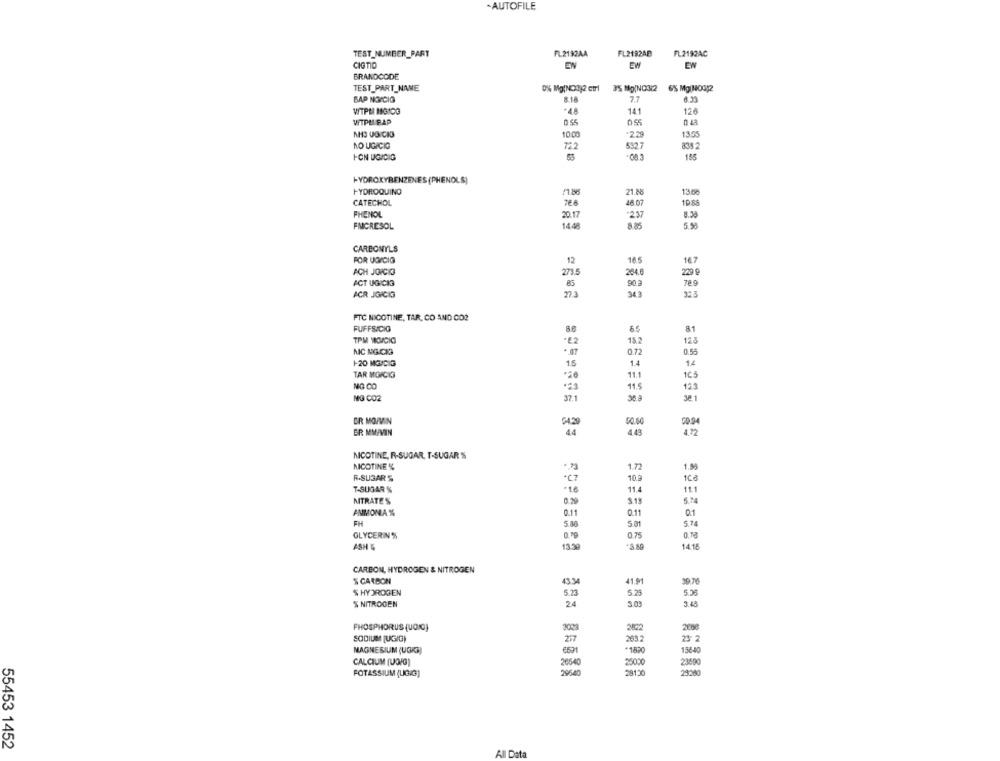
-AUTOFILE
TEST_NUMBER_PART
FL2130AA
FL2192AB
FL2192AC
ciano
EN
EW
EW
BRANDCODE
TEST_PART_NAME
0% Mg(NC3312 ctrl
BAP NO/CIG
7.7
WIPE MGIDG
+48
141
126
WTPLI BAP
AHS VOICI3
1000
229
1355
NO UGICIC
722
532
838 2
I-ON UGICIG
155
HYDROXYBENZENES (PHENOLS)
HYDROQUINO
21.88
13.60
CATECHOL
766
18 07
PHENOL
20.17
237
8.30
FMCRESOL
5.58
CARBONYLS
16.5
FOR UGICIG
12
16.7
ACH JOICIO
271.5
284.8
2 º
ACT UGICIG
90.
789
ACR JGICIG
27 3
34 3
32.5
FTC NICOTINE, TAR, CO AND CO2
FUFFSICIO
81
TPM VINICIO
.2 2
18.2
125
NIC MGC13
07
0.55
1-20 MGIDIG
1.5
14
1.2
TAR MGICIG
11.1
163
NO CO
.23
11.5
123
37.1
36.ª
MG CO2
32 1
DR MOIVIN
G4.20
50.60
00.94
ER MM/VIN
44
443
472
NICOTINE, R-SUGAR, T-SUGAR %
NICOTINE %
1.72
R.SUSARS
*C7
10.9
T-SUGAR %
11.4
11.1
NITRATES
3.13
5.74
0.11
0.11
01
ANMONIA %
FH
5 M
5.74
O.M
GLYCERIN%
075
ASH
13.39
14.16
CARBON, HYDROGEN & NITROGEN
43.34
$ CARBON
41.91
3976
$ HYDROGEN
5.23
5.25
5.36
24
$ NITROGEN
3.03
3.48
PHOSPHORUS (UCIC}
2822
2000
SODIUM [UGIG)
27
263.2
23 2
MAGNESIUM (UGKM)
+1820
15640
CALCIUM (UOVO)
26640
25000
23690
POTASSIUM (UG/G]
29640
28130
29:00
55453 1452
All Data